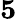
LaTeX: \textbf{5}